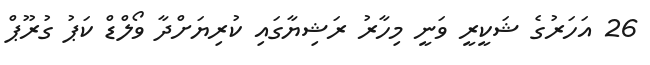
26 އަހަރުގެ ޝަކީރީ ވަނީ މިހާރު ރަޝިޔާގައި ކުރިޔަށްދާ ވޯލްޑް ކަޕު ގުރޫޕް